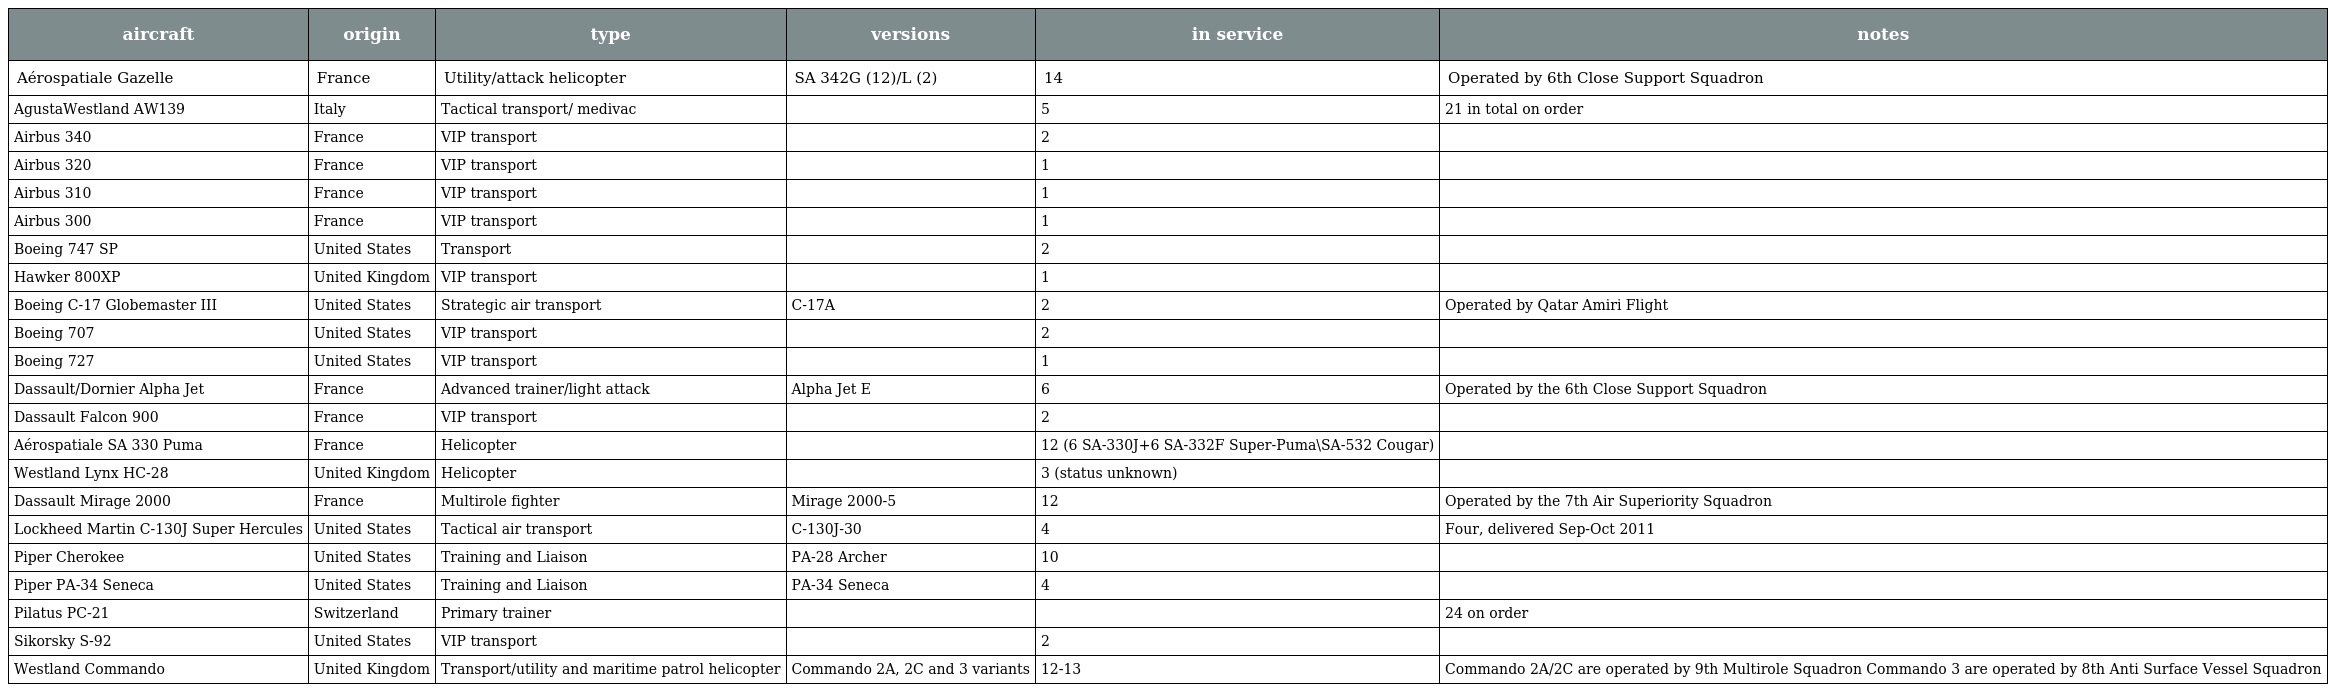
| aircraft | origin | type | versions | in service | notes |
 | --- | --- | --- | --- | --- | --- |
 | Aérospatiale Gazelle | France | Utility/attack helicopter | SA 342G (12)/L (2) | 14 | Operated by 6th Close Support Squadron |
 | AgustaWestland AW139 | Italy | Tactical transport/ medivac |  | 5 | 21 in total on order |
 | Airbus 340 | France | VIP transport |  | 2 |  |
 | Airbus 320 | France | VIP transport |  | 1 |  |
 | Airbus 310 | France | VIP transport |  | 1 |  |
 | Airbus 300 | France | VIP transport |  | 1 |  |
 | Boeing 747 SP | United States | Transport |  | 2 |  |
 | Hawker 800XP | United Kingdom | VIP transport |  | 1 |  |
 | Boeing C-17 Globemaster III | United States | Strategic air transport | C-17A | 2 | Operated by Qatar Amiri Flight |
 | Boeing 707 | United States | VIP transport |  | 2 |  |
 | Boeing 727 | United States | VIP transport |  | 1 |  |
 | Dassault/Dornier Alpha Jet | France | Advanced trainer/light attack | Alpha Jet E | 6 | Operated by the 6th Close Support Squadron |
 | Dassault Falcon 900 | France | VIP transport |  | 2 |  |
 | Aérospatiale SA 330 Puma | France | Helicopter |  | 12 (6 SA-330J+6 SA-332F Super-Puma\SA-532 Cougar) |  |
 | Westland Lynx HC-28 | United Kingdom | Helicopter |  | 3 (status unknown) |  |
 | Dassault Mirage 2000 | France | Multirole fighter | Mirage 2000-5 | 12 | Operated by the 7th Air Superiority Squadron |
 | Lockheed Martin C-130J Super Hercules | United States | Tactical air transport | C-130J-30 | 4 | Four, delivered Sep-Oct 2011 |
 | Piper Cherokee | United States | Training and Liaison | PA-28 Archer | 10 |  |
 | Piper PA-34 Seneca | United States | Training and Liaison | PA-34 Seneca | 4 |  |
 | Pilatus PC-21 | Switzerland | Primary trainer |  |  | 24 on order |
 | Sikorsky S-92 | United States | VIP transport |  | 2 |  |
 | Westland Commando | United Kingdom | Transport/utility and maritime patrol helicopter | Commando 2A, 2C and 3 variants | 12-13 | Commando 2A/2C are operated by 9th Multirole Squadron Commando 3 are operated by 8th Anti Surface Vessel Squadron |